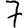
Digit: 7